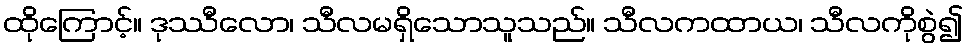
ထိုကြောင့်။ ဒုဿီလော၊ သီလမရှိသောသူသည်။ သီလကထာယ၊ သီလကိုစွဲ၍